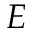
E